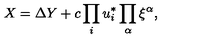
X = \Delta Y + c \prod _ { i } u _ { i } ^ { * } \prod _ { \alpha } \xi ^ { \alpha } ,